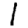
Digit: 1